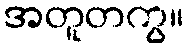
အတူတကွ။